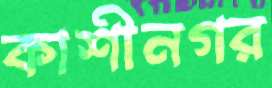
কাশীনগর